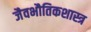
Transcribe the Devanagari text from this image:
जैवभौतिकशास्त्र